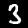
Digit: 3